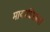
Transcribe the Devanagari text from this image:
मायाधिष्ठाता